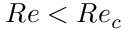
R e < R e _ { c }